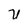
Character: U